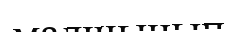
малшынып